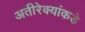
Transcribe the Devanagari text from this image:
अतीरेक्यांकडे